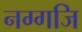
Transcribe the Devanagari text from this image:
नग्गजि